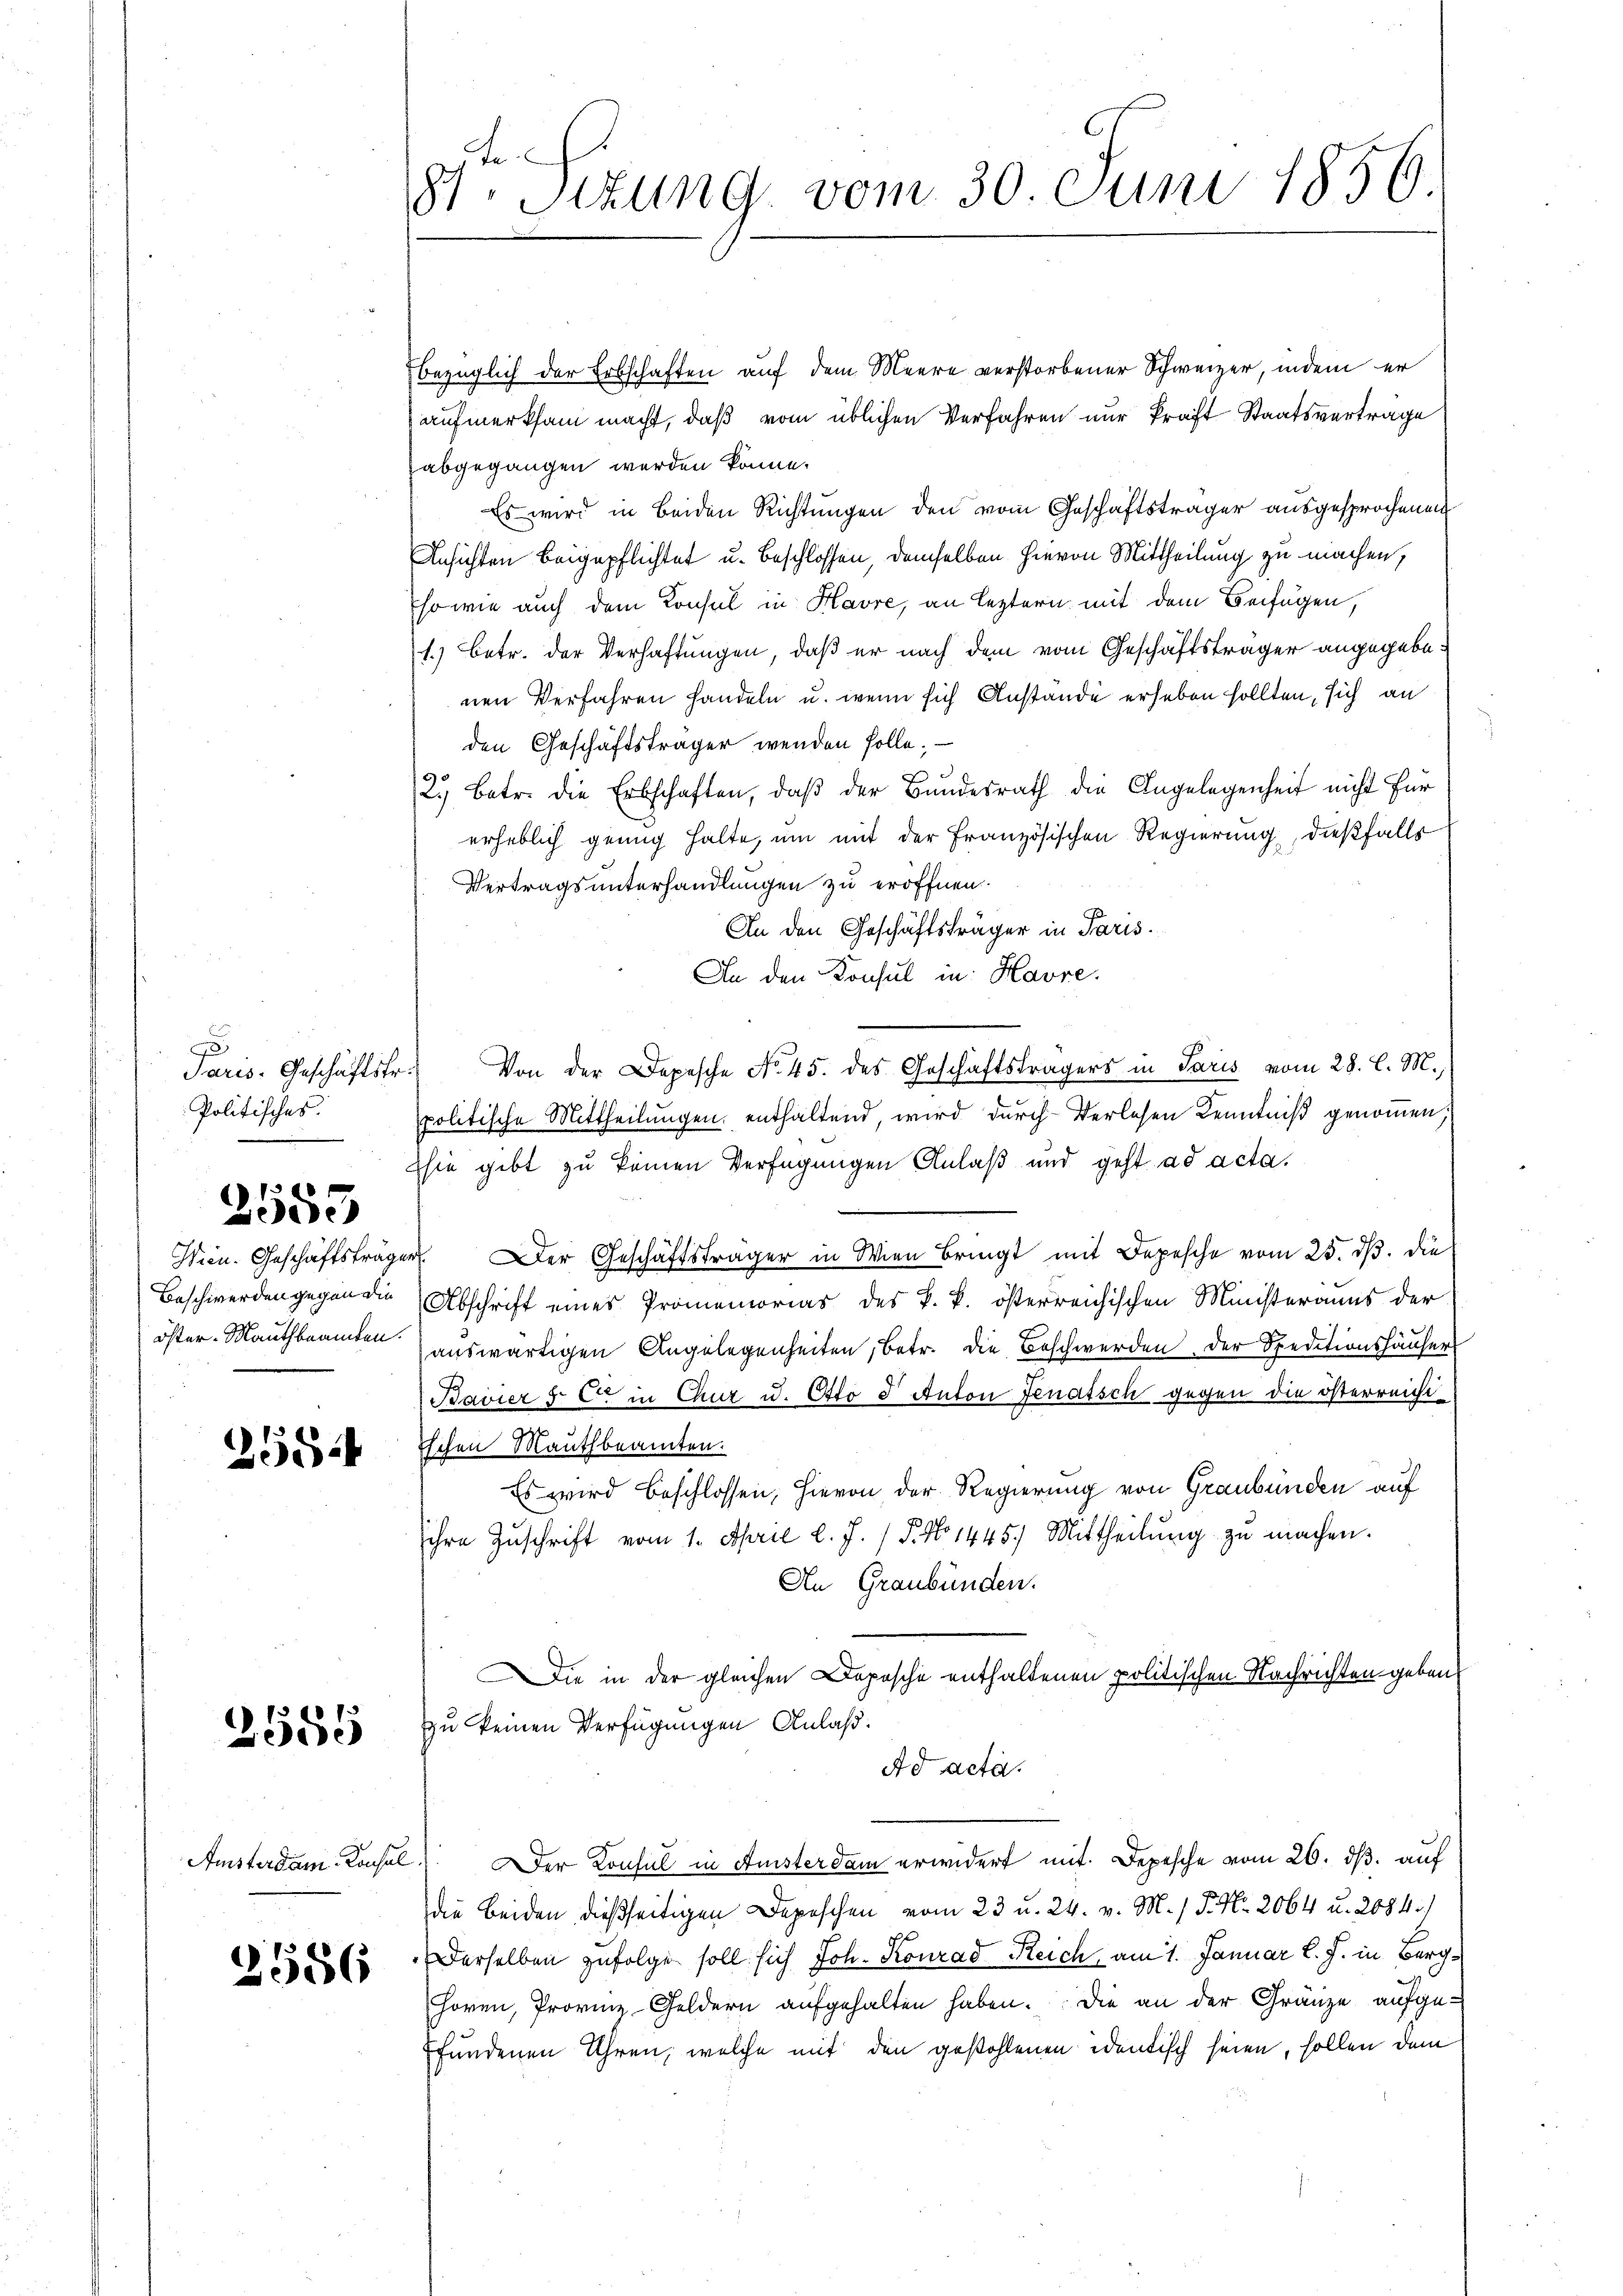
g
Politisches.

d
1
weide

2554

10
deede

Amsterdam Konsul

2586

8ten Sizung vom 30. Juni 1856

bezüglich der Erbschaften auf dem Meere verstorbener Schweizer, indem er
aufmerksam macht, daß vom üblichen Verfahren nur kraft Staatsverträge
abgegangen werden könne.
Es wird in Beiden Richtungen den vom Geschäftsträger ausgesprochenen
Ansichten beigepflichtet u. beschlossen, demselben hievon Mittheilung zu machen,
so wie auch dem Konsul in Havre, an leztern mit dem Beifügen,
1.) Betr. der Verhaftungen, daß er nach dem vom Geschäftsträger angegebenen Verfahren handeln u. wenn sich Anstande erheben sollten, sich an
den Geschäftsträger wenden solle. —
2.) Betr. die Erbschaften, daß der Bundesrath die Angelegenheit nicht für
erheblich genug halte, um mit der Französischen Regierung, dießfalls
Vertragsunterhandlungen zu eröffnen.
In den Geschäftsträger in Paris.
An den Konsul in Havre
Saris. Geschäftstr.) Von der Depesche No. 45. des Geschäftsträgers in Paris vom 28. l. M.,
politische Mittheilungen enthaltend, wird durch Verlesen Kenntniß genommen;
sie gibt zu keinen Verfügungen Anlaß und geht ad acta.
Wien. Geschäftsträger. Der Geschäftsträger in Wien bringt mit Depesche vom 25. dβ. die
Beschwerden gegen die Abschrift eines Promemorias des k. k. österreichischen Ministeraus der
Ver
öster-Mauthbeamten auswärtigen Angelegenheiten, betr. die Beschwerden der Speditionshäuser
Bavier 3. C. in Chur u. Otto d Anton Jenatsch gegen die österreicht
ischen Mauthbeamten.
Es wird beschlossen, hievon der Regierung von Graubünden auf
ihre Zŭschrift vom 1. April l. J. 1 P. No 1445. Mittheilŭng zŭ machen.
An Graubünden.
Die in der gleichen Depesche enthaltenen politischen Nachrichten geben,
zu keinen Verfügungen Anlaß.
Ad acta.
Der Konsul in Ansterdam erwidert mit. Depesche vom 26. dβ. auf
die beiden dießseitigen Depeschen vom 23 u. 24. v. M. P. Nr. 2064 u. 2084.)
Derselben zufolge soll sich Joh. Konrad Reich, am 1. Januar l. J. in Berg¬
Horen, Provinz-Geldern aufgehalten haben. Die an der Gränze aufgefundenen Uhren, welche mit den gestohlenen identisch seien, sollen dem